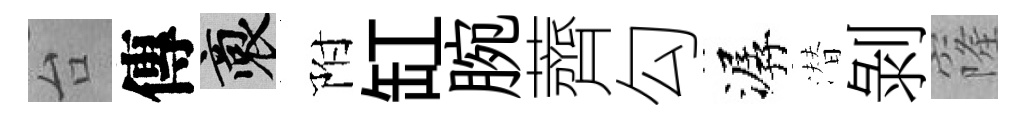
台傳裔附缸腕薺勾潺潜剝窿